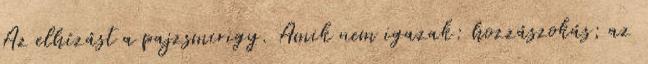
Az elhízást a pajzsmirigy. Amik nem igazak: hozzászokás; az